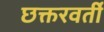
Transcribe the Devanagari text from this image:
छक्तरवर्ती